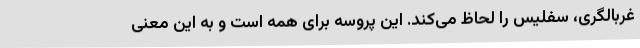
غربالگری، سفلیس را لحاظ می‌کند. این پروسه برای همه است و به این معنی